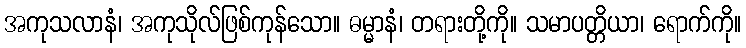
အကုသလာနံ၊ အကုသိုလ်ဖြစ်ကုန်သော။ ဓမ္မာနံ၊ တရားတို့ကို။ သမာပတ္တိယာ၊ ရောက်ကို။